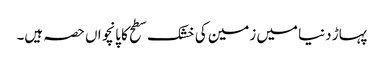
پہاڑ دنیا میں زمین کی خشک سطح کا پانچواں حصہ ہیں۔